Calcutta medical institutions reports 1892-1900
Year: 1892
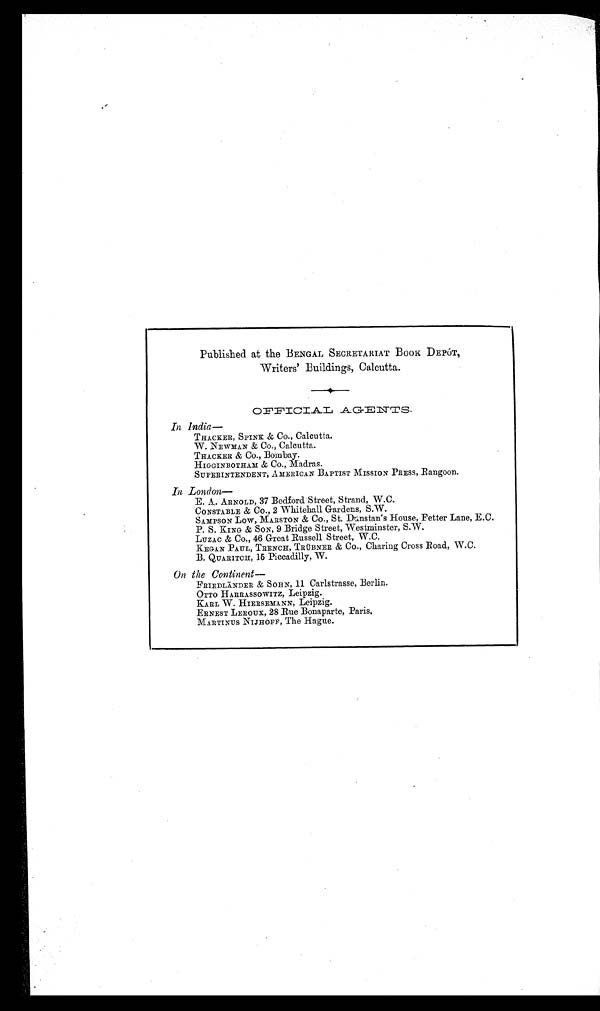
Published at the BENGAL SECRETARIAT BOOK DEPÔT,
Writers' Buildings, Calcutta.
OFFI CI AL AGENTS.
In India—
THACKER, SPINK & Co., Calcutta.
W. NEWMAN & Co., Calcutta.
THACKER & Co., Bombay.
HIGGINBOTHAM & CO., Madras.
SUPERINTENDENT, AMERICAN BAPTIST MISSION PRESS, Rangoon.
In London
—
E. A. ARNOLD, 37 Bedford Street, Strand, W.C.
CONSTABLE & Co., 2 Whitehall Gardens, S.W.
SAMPSON LOW, MARSTON & Co., St. Dunstan's House, Fetter Lane, E.C.
P. S. KING & SON, 9 Bridge Street, Westminster, S.W.
LUZAC & Co., 46 Great Russell Street, W.C.
KEGAN PAUL, TRENCH, TRÜBNER & CO., Charing Cross Road, W.C.
B. QUARITCH, 15 Piccadilly, W.
On the Continent
—
FRIEDLÄNDER & SOHN, 11 Carlstrasse, Berlin.
OTTO HARRASSOWITZ, Leipzig.
KARL W. HIERSEMANN, Leipzig.
ERNEST LEROUX, 28 Rue Bonaparte, Paris.
MARTINUS NIJHOFF, The Hague.